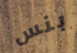
بنس